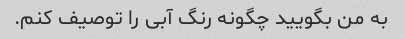
به من بگویید چگونه رنگ آبی را توصیف کنم.